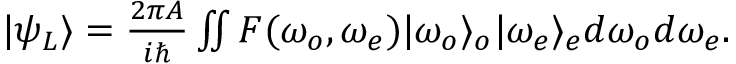
\begin{array} { r } { | \psi _ { L } \rangle = \frac { 2 \pi A } { i \hbar } \iint F ( \omega _ { o } , \omega _ { e } ) | \omega _ { o } \rangle _ { o } | \omega _ { e } \rangle _ { e } d \omega _ { o } d \omega _ { e } . } \end{array}